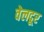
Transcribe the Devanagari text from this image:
वेलदूर